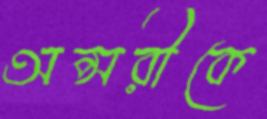
অপ্সরীকে